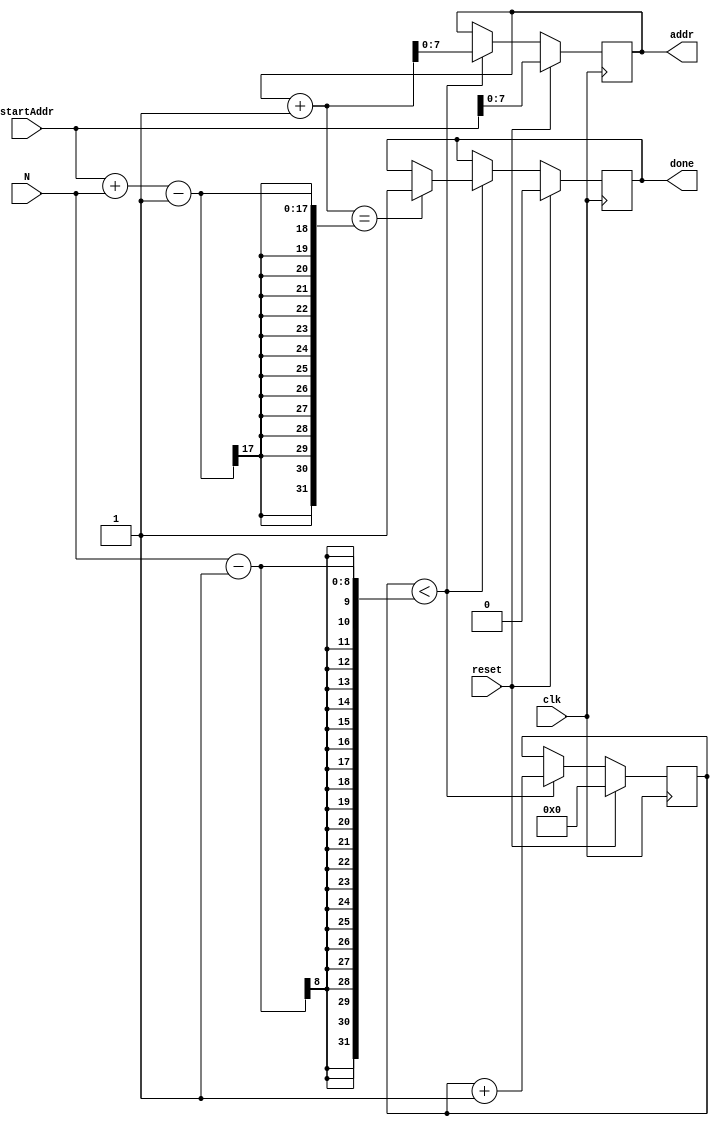
module AddrCounter(input [15:0]startAddr, input [7:0] N, input reset,output [7:0] addr, input clk, output done);

//startAddr: Donde empiezo a contar
//n: Hasta donde llego a contar - 1
//addr: La direccion que va a la memoria
//Done: se activa cuando terminie de contar

//La direccion que va hacia la memoria
reg [7:0] addr;

//Incrementador interno
reg [7:0]counter;

//done
reg done;
always @ (posedge clk)
    
    begin
        if(reset)
            begin
                counter <= 0;
                addr <= startAddr;
                done <= 0;
            end
        else if (counter < N - 1)
            begin
                counter <= counter + 1;
                addr <= addr + 1; 
                //Si termino de contar, Si llego al final
                if(addr + 1 == startAddr + N - 1)
                    done <= 1;
            end
            
    end

endmodule